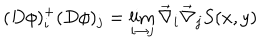
LaTeX: ( D \phi ) _ { i } ^ { + } ( D \phi ) _ { j } = \lim _ { i \rightarrow j } \vec { \nabla } _ { i } \vec { \nabla } _ { j } S ( x , y )